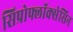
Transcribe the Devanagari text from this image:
सिप्रोफ्लॉक्सेसिन